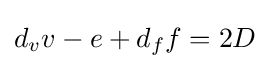
d_{v}v-e+d_{f}f=2D